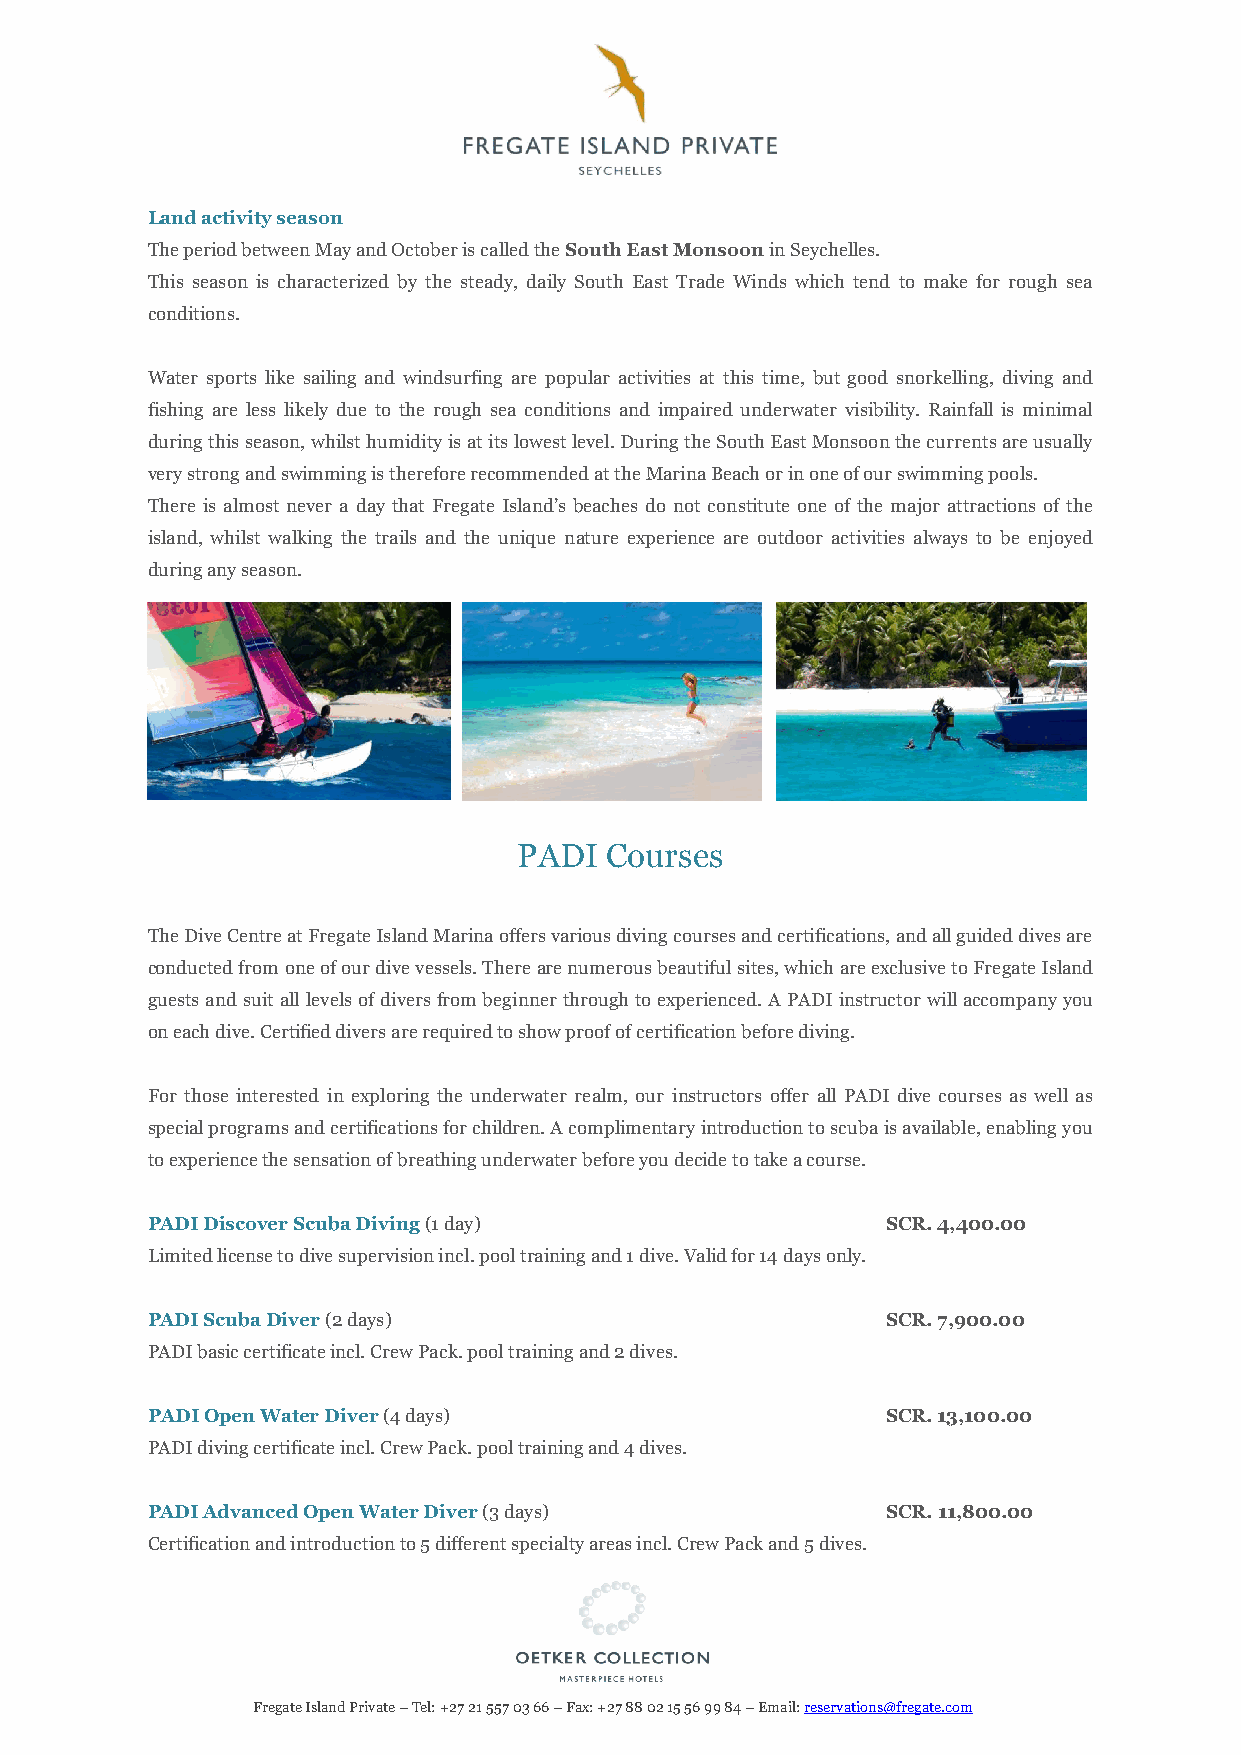
Land activity season
 The period between May and October is called the South East Monsoon in Seychelles.
 This season is characterized by the steady, daily South East Trade Winds which tend to make for rough sea
 conditions.
 Water sports like sailing and windsurfing are popular activities at this time, but good snorkelling, diving and
 fishing are less likely due to the rough sea conditions and impaired underwater visibility. Rainfall is minimal
 during this season, whilst humidity is at its lowest level. During the South East Monsoon the currents are usually
 very strong and swimming is therefore recommended at the Marina Beach or in one of our swimming pools.
 There is almost never a day that Fregate Island’s beaches do not constitute one of the major attractions of the
 island, whilst walking the trails and the unique nature experience are outdoor activities always to be enjoyed
 during any season.
 PADI  Courses
 The Dive Centre at Fregate Island Marina offers various diving courses and certifications, and all guided dives are
 conducted from one of our dive vessels. There are numerous beautiful sites, which are exclusive to Fregate Island
 guests and suit all levels of divers from beginner through to experienced. A PADI instructor will accompany you
 on each dive. Certified divers are required to show proof of certification before diving.
 For those interested in exploring the underwater realm, our instructors offer all PADI dive courses as well as
 special programs and certifications for children. A complimentary introduction to scuba is available, enabling you
 to experience the sensation of breathing underwater before you decide to take a course.
 PADI Discover Scuba Diving (1 day)               SCR. 4,400.00
 Limited license to dive supervision incl. pool training and 1 dive. Valid for 14 days only.
 PADI Scuba Diver (2 days)                        SCR. 7,900.00
 PADI basic certificate incl. Crew Pack. pool training and 2 dives.
 PADI Open Water Diver (4 days)                   SCR. 13,100.00
 PADI diving certificate incl. Crew Pack. pool training and 4 dives.
 PADI Advanced Open Water Diver (3 days)          SCR. 11,800.00
 Certification and introduction to 5 different specialty areas incl. Crew Pack and 5 dives.
 Fregate Island Private – Tel: +27 21 557 03 66 – Fax: +27 88 02 15 56 99 84 – Email: reservations@fregate.com